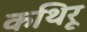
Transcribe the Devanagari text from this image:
कथिरू